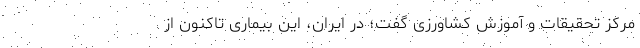
مرکز تحقیقات و آموزش کشاورزی گفت؛ در ایران، این بیماری تاکنون از